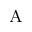
_ \mathrm { A }